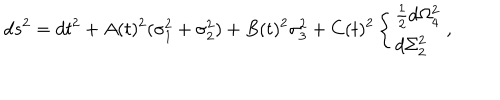
LaTeX: d s ^ { 2 } = d t ^ { 2 } + A ( t ) ^ { 2 } ( \sigma _ { 1 } ^ { 2 } + \sigma _ { 2 } ^ { 2 } ) + B ( t ) ^ { 2 } \sigma _ { 3 } ^ { 2 } + C ( t ) ^ { 2 } \left\{ \begin{array} { l } { { { \frac { 1 } { 2 } } d \Omega _ { 4 } ^ { 2 } } } \\ { { d \Sigma _ { 2 } ^ { 2 } } } \\ \end{array} \right. ,